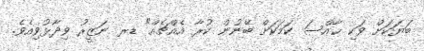
ބަޔަކަށް ވަކި ޚާއްސަ ކަމަކަށް ބޭނުން ކުރާ އެއްޗެއް" ޑރ ނަޒީރު ވިދާޅުވިއެވެ.